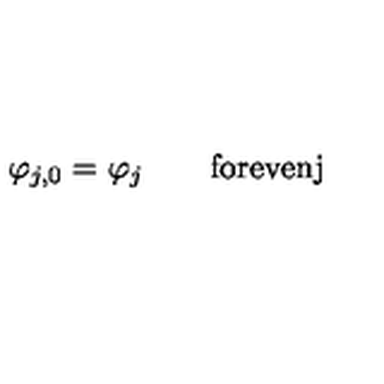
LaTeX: \varphi _ { j , 0 } = \varphi _ { j } \qquad \mathrm { f o r e v e n j }